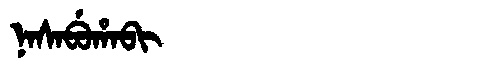
Manchu: ᠨᠠᠰᠠᠪᡠᡥᠠᠪᡳ
Romanization: NASABUHABI